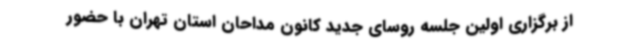
از برگزاری اولین جلسه روسای جدید کانون مداحان استان تهران با حضور